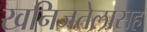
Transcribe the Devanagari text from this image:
खनिजतेलासह